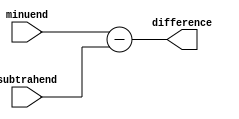
module Combinational_logic_blocks (
    input [7:0] minuend,
    input [7:0] subtrahend,
    output reg [7:0] difference
);

always @(*) begin
    difference = minuend - subtrahend;
end

endmodule